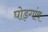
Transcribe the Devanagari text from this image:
घोड़गांव